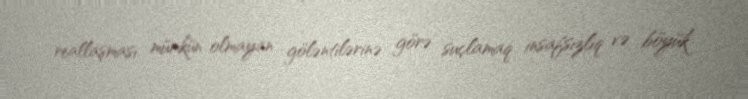
reallaşması mümkün olmayan göləntilərinə görə suçlamaq insafsızlıq və böyük